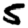
Digit: 5